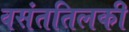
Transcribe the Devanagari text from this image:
वसंततिलकी